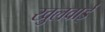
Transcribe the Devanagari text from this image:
खुलवाईं